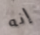
إنه